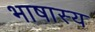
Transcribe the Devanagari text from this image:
भाषास्य